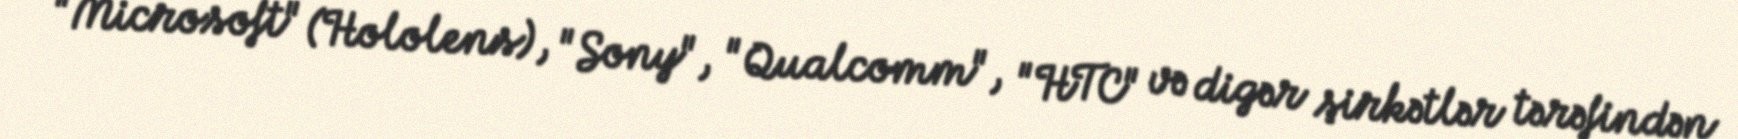
"Microsoft" (Hololens), "Sony", "Qualcomm", "HTC" və digər şirkətlər tərəfindən